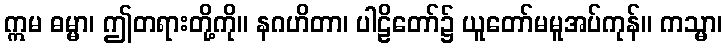
ဣမ ဓမ္မာ၊ ဤတရားတို့ကို။ နဂဟိတာ၊ ပါဠိတော်၌ ယူတော်မမူအပ်ကုန်။ ကသ္မာ၊